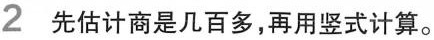
2先估计商是几百多，再用竖式计算。